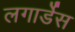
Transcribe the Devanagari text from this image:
लगार्डेस